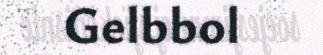
Gelbbol